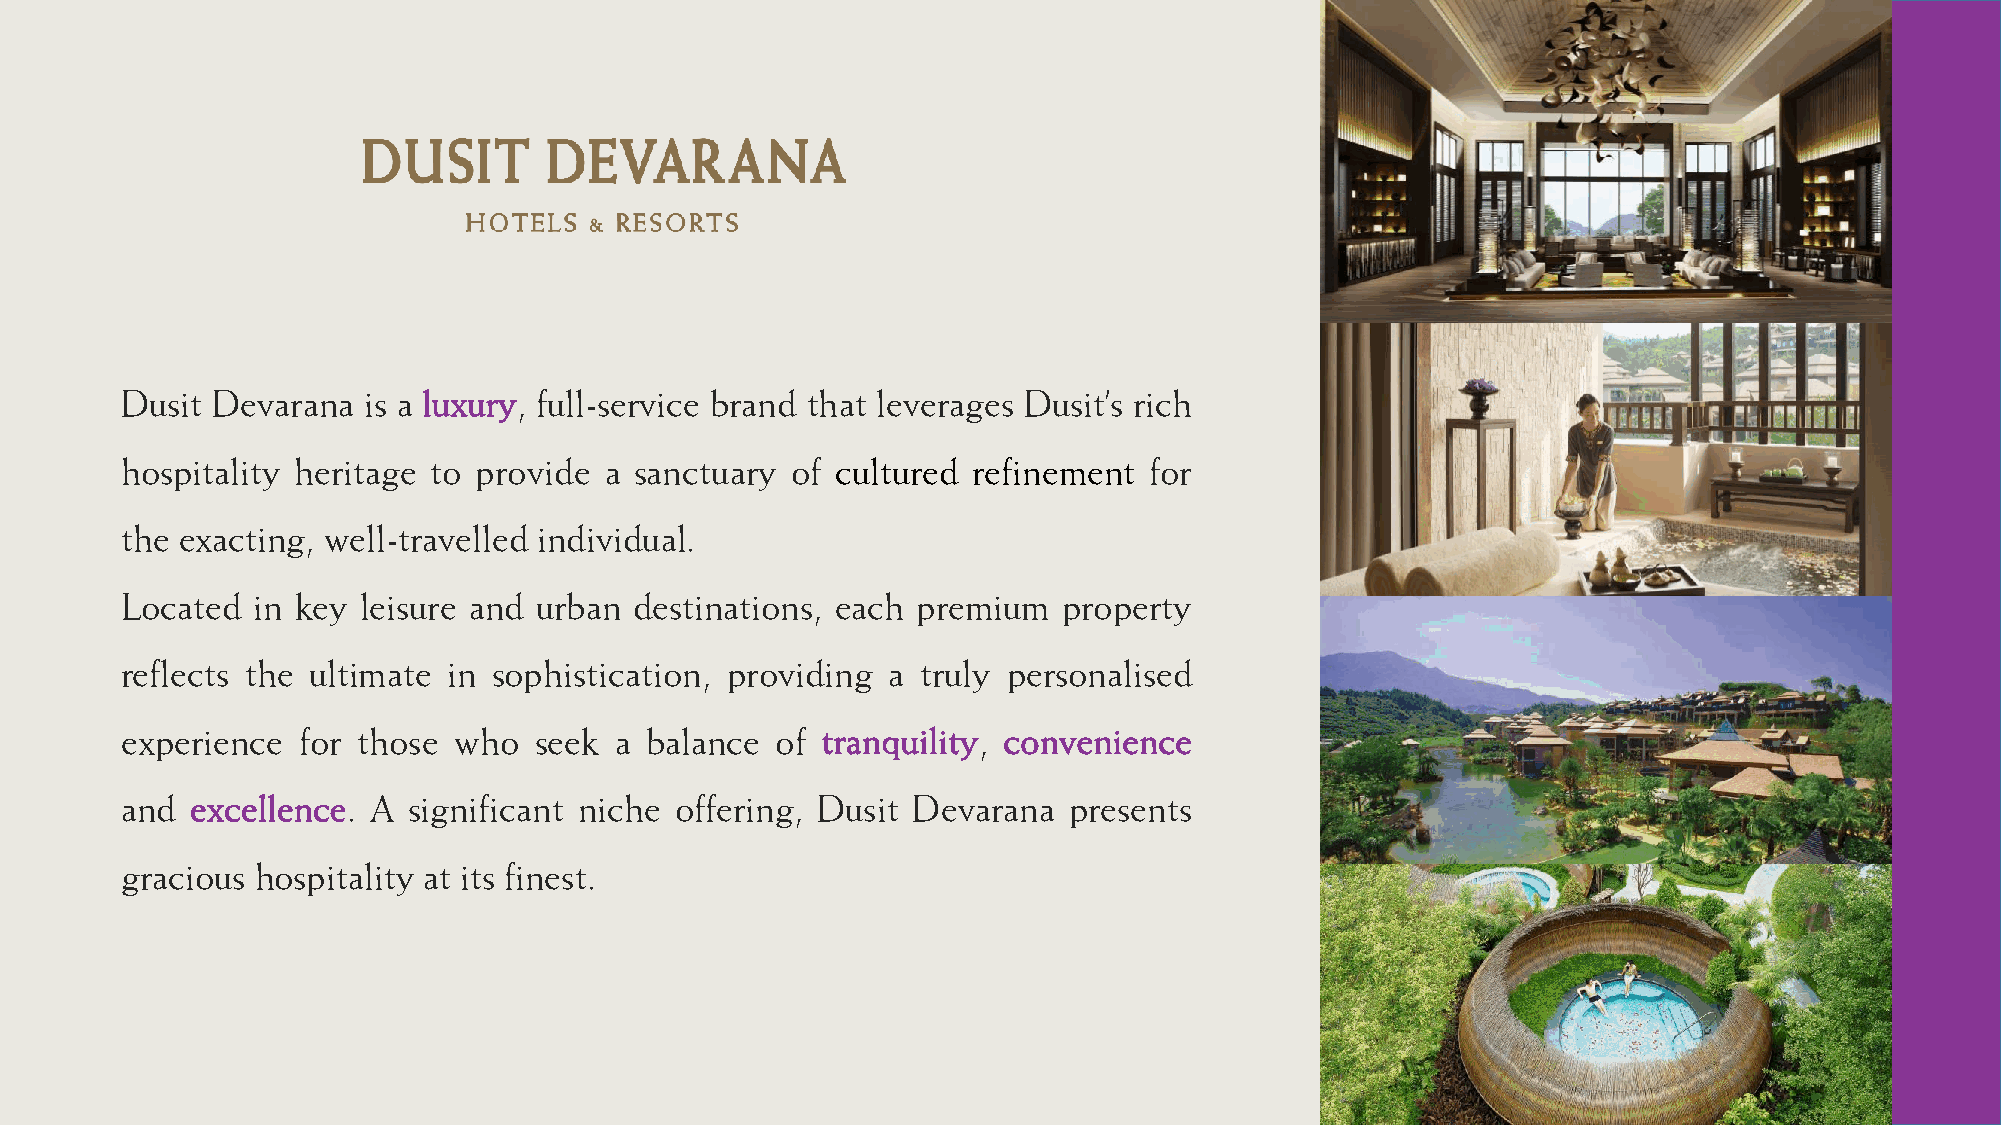
Dusit Devarana  is a luxury, full-service brand that leverages Dusit’s rich
 hospitality heritage to provide a sanctuary of cultured refinement  for
 the exacting, well-travelled individual.
 Located  in key leisure and urban destinations, each premium  property
 reflects the ultimate in sophistication, providing a truly personalised
 experience  for those who  seek  a balance of tranquility, convenience
 and  excellence. A significant niche offering, Dusit Devarana  presents
 gracious hospitality at its finest.